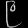
Digit: ၉